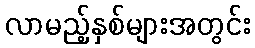
လာမည့်နှစ်များအတွင်း